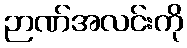
ဉာဏ်အလင်းကို